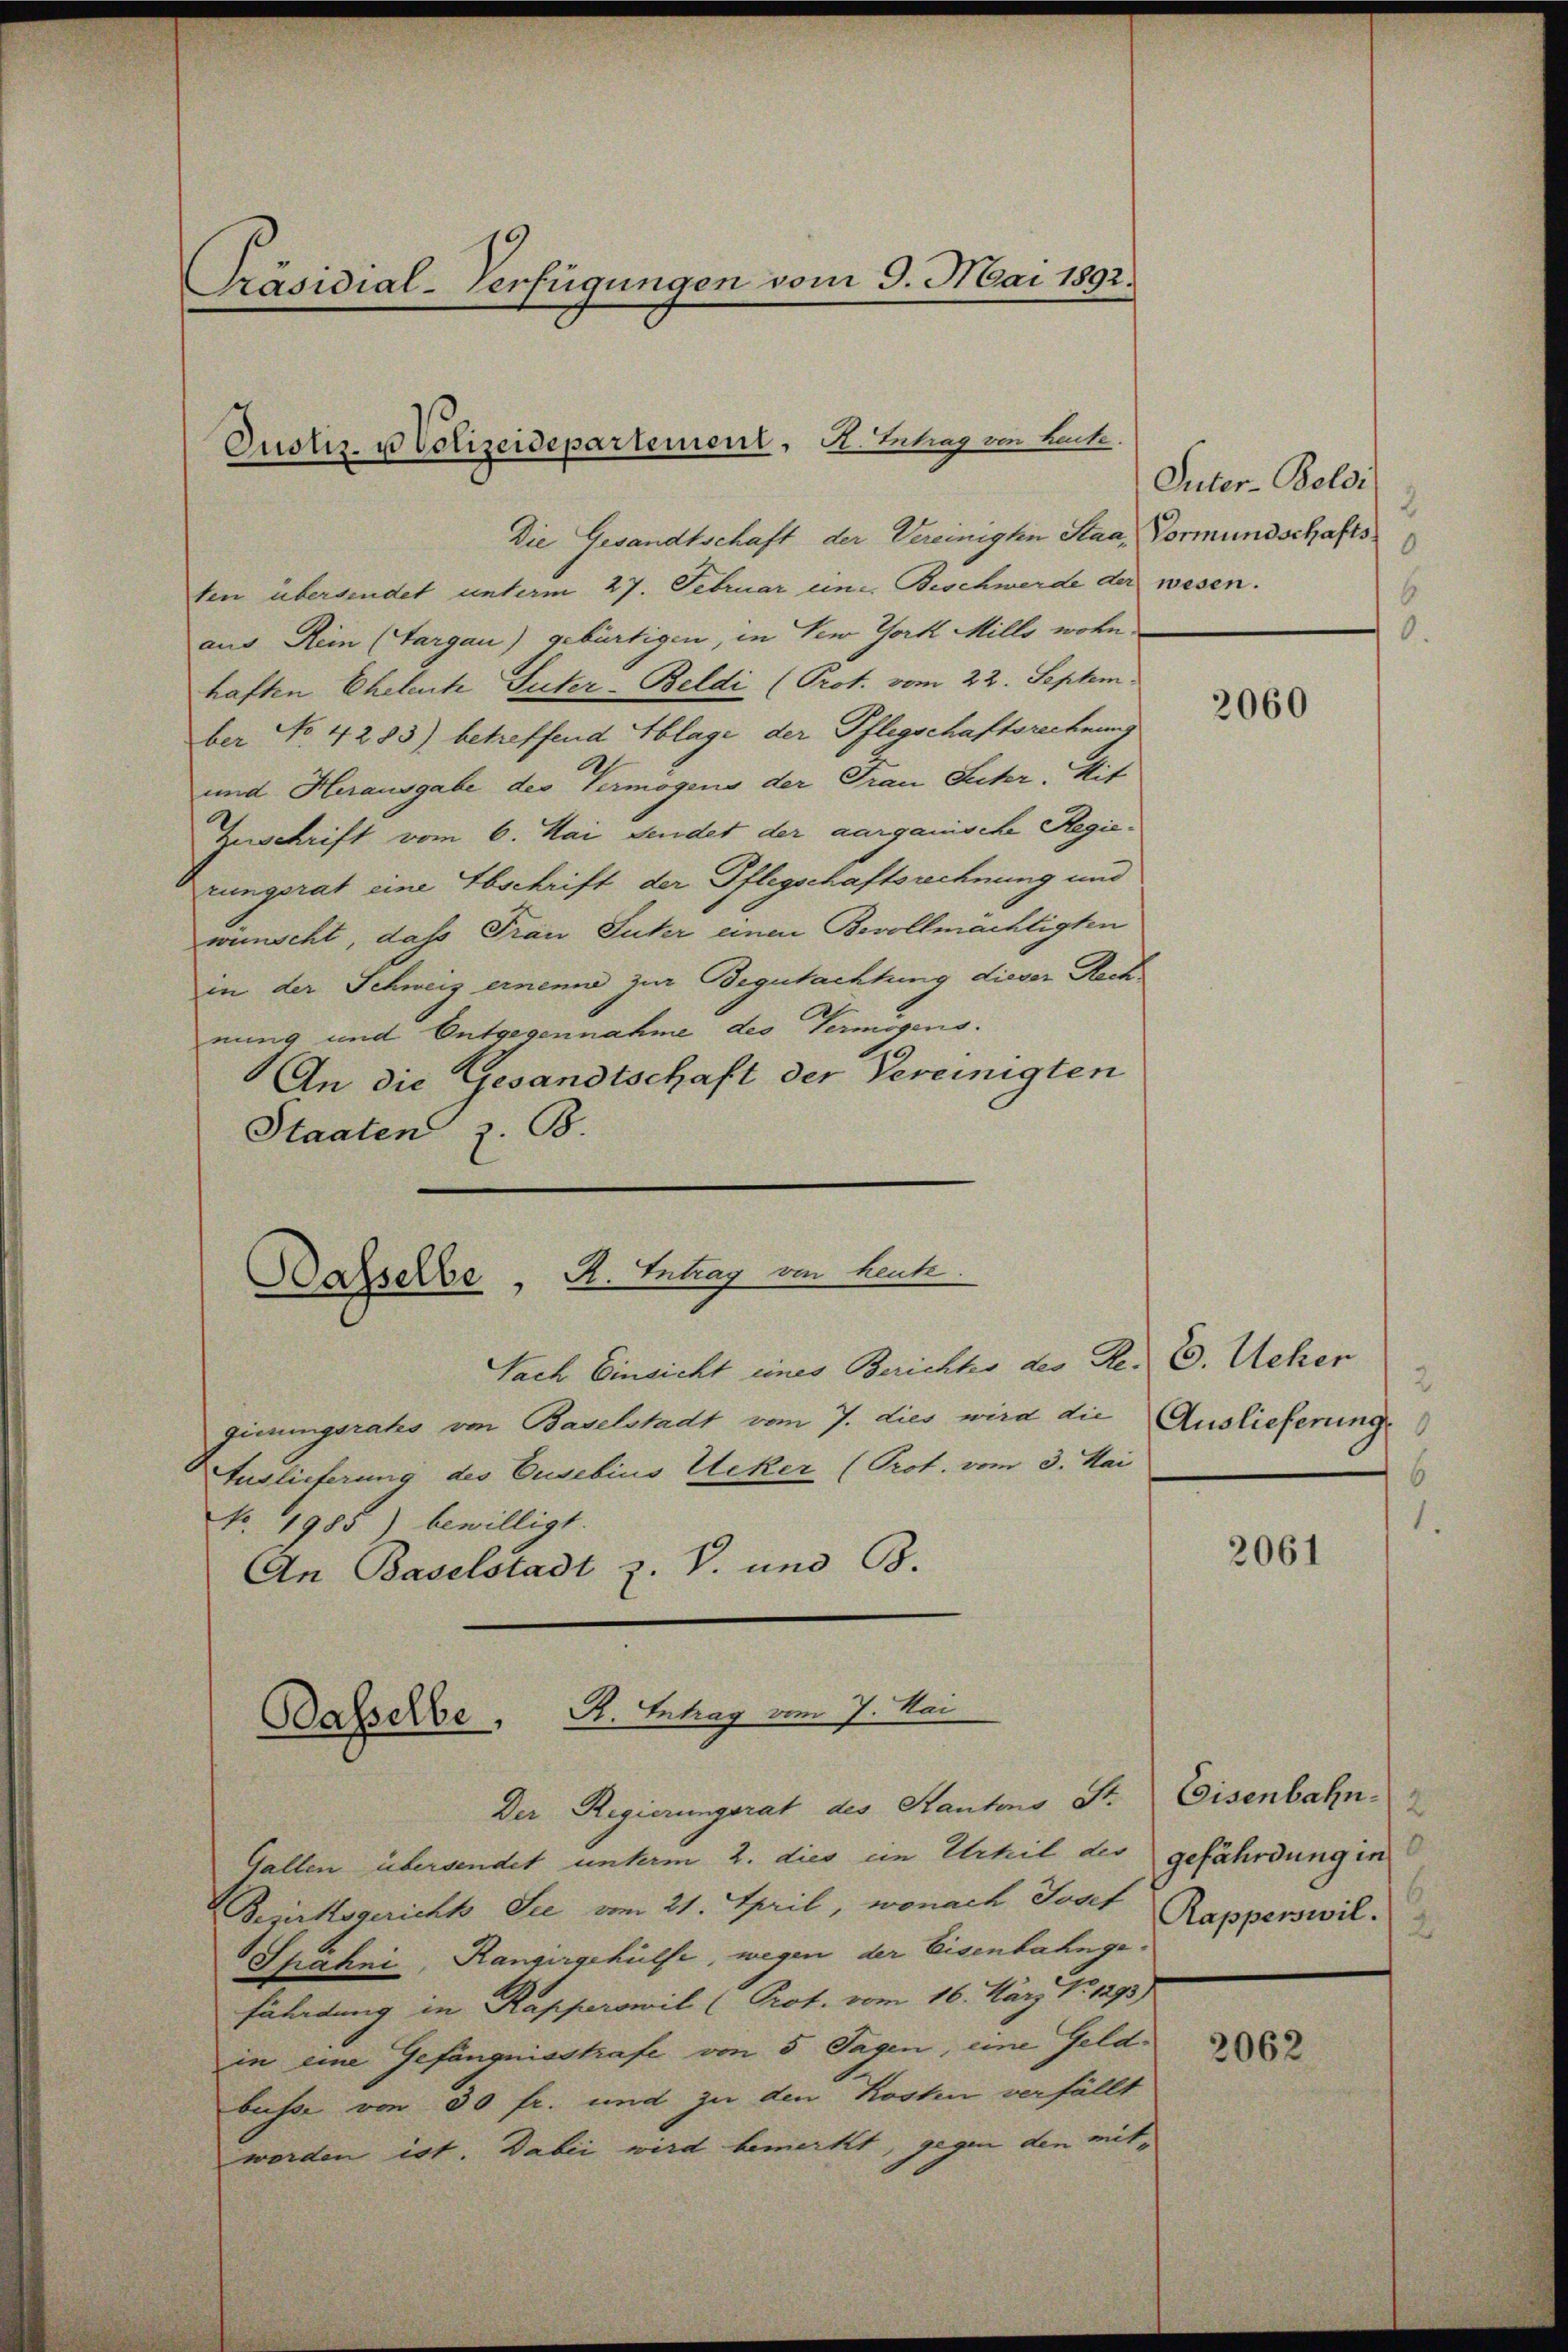
Präsidial-Verfügungen vom 9. Mai 1892.

Justiz- u Volizeidepartement, K. Betrag von Buche.

Dasselbe, R. Eintrag/Antrag von heute.

Basselbe, R. Ertrag vom 7. Sei

Die Gesandtschaft der Vereinigte Staat Vormundschaftsten übersendet unterm 27. Februar eine Beschwerde der wesen.
aus Rein (Aargau) gebürtigen, in New York Mille wohn
haften Eheleute Suter-Beldi (Prot. vom 22. Septem
ber No. 4283) betreffend Ablage der Pflegschaftsrechnung
und Herausgabe der Vermögens der Grau Suter. Mit
Zuschrift vom 6. Mai sendet der aarganische Regierungsrat eine Abschrift der Pflegschaftsrechnung und
wünscht, dass Frau Suter einen Bevollmächtigten
in der Schweiz ernen zur Begutachtung dieser Rech
nung und Entgegennahme des Vermögens.
An die Gesandtschaft der Vereinigten
Staaten z. B.

Nach Einsicht eines Berichtes des Re- E. Achen
gierungsrates von Baselstadt vom 7. dies wird die
Auslieferung des Cusebius Acker (Prot. vom 3. Mai
No. 1985) bewilligt.
An Baselstadt z. V. und B.

Der Regierungsrat des Kantons St. Eisenbahn-
Gallen übersendet unterm 2. dies ein Urhil der gefährdung in
Bepirstsgerichts Sie vom 21. April, wonach Josef Rapperswil
Spahni, Rangirgehülfe, wegen der Eisenbahngefährdung in Rapperswil (Prot. vom 16. März No 1293)
in eine Gefängnisstrafe von 5 Tagen, eine Geldbusse von 50 fr. und zu den Kosten verfällt
worden ist. Dabei wird bemerkt, gegen den mit¬

Puter-Beldi
0
6

2060

2
Auslieferung
6
1.

2061

2062